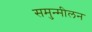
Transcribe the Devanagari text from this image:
समुन्मीलन